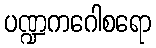
ပဏ္ဍကဂေါစရော